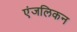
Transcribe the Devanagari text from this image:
एंजलिकन